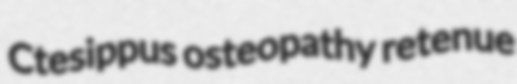
Ctesippus osteopathy retenue